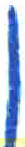
אות: ן